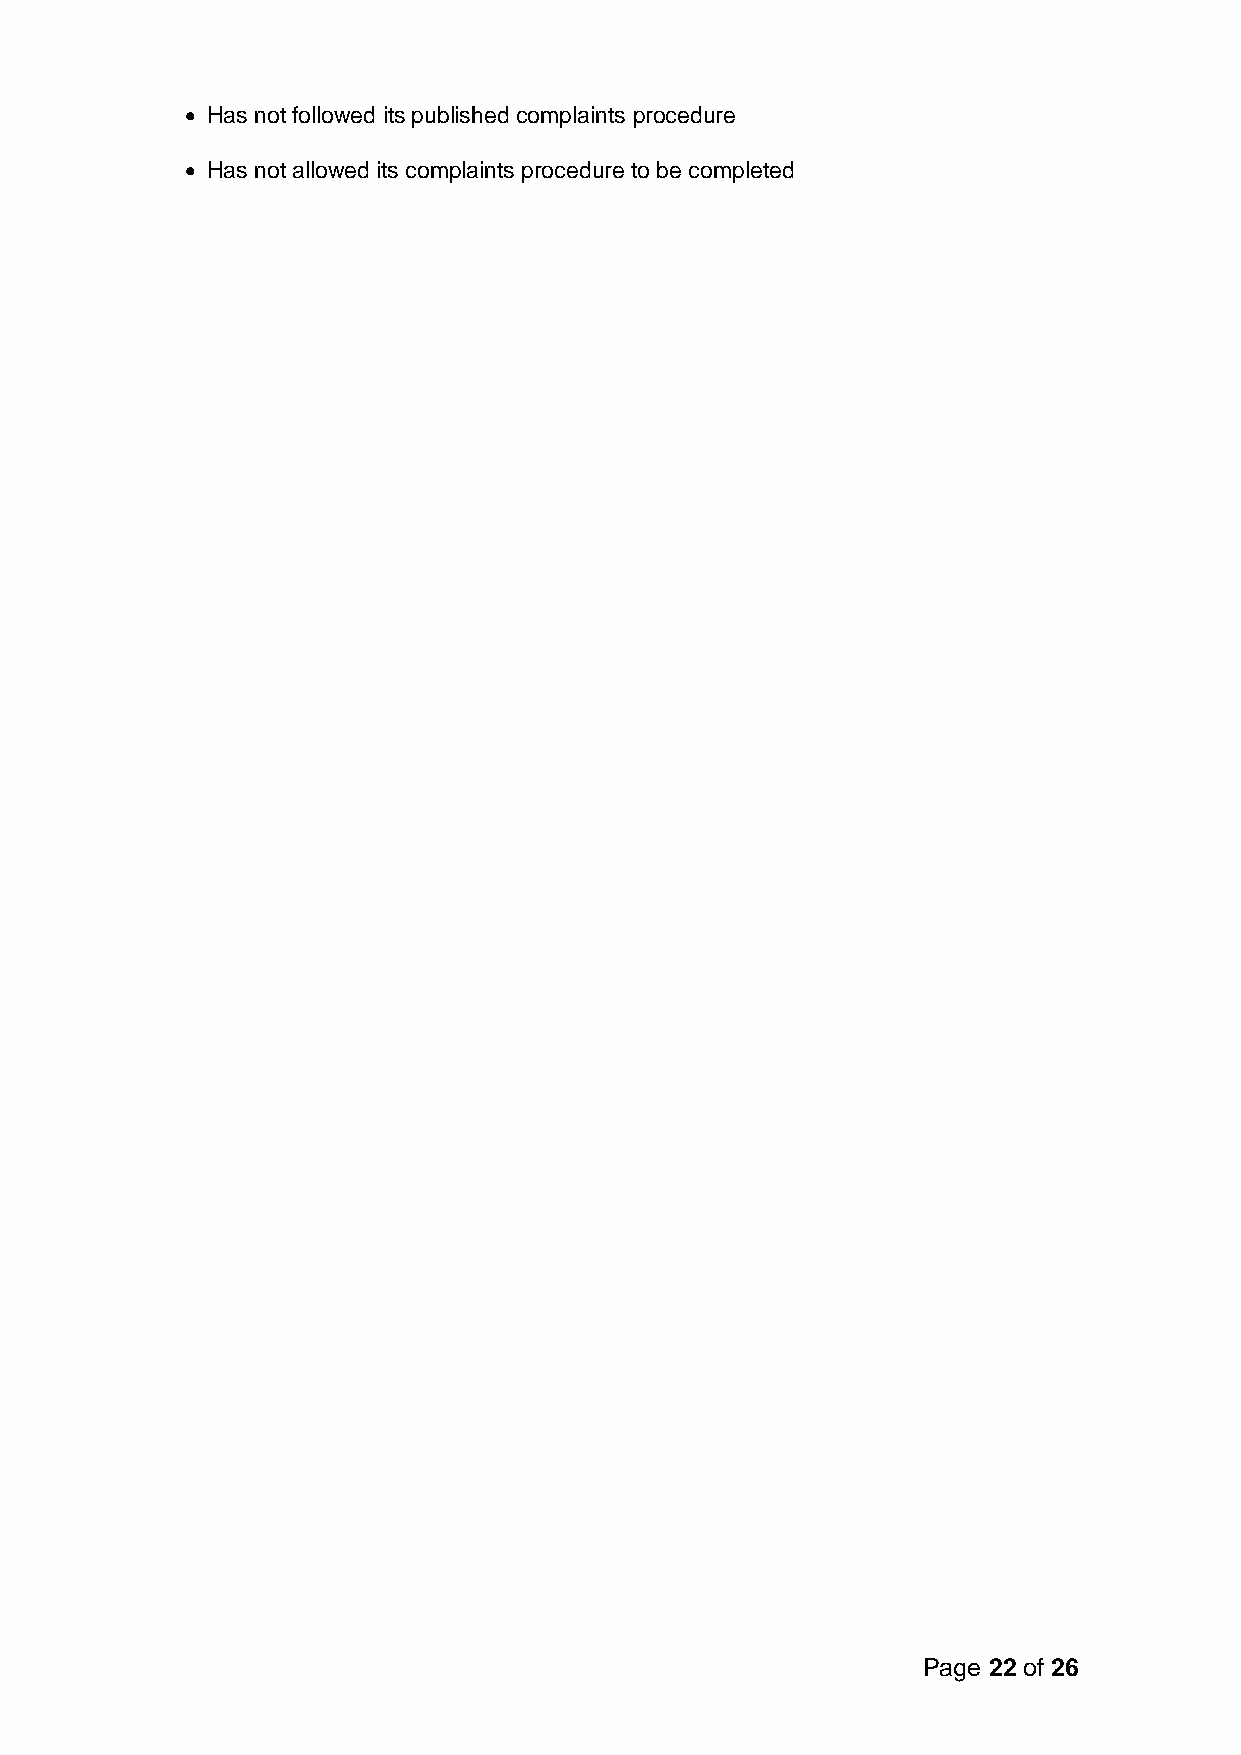
• Has not followed its published complaints procedure
 • Has not allowed its complaints procedure to be completed
 Page 22 of 26